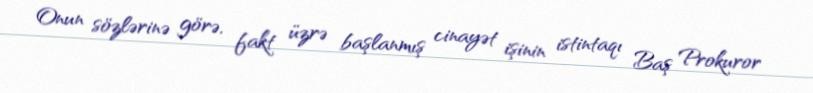
Onun sözlərinə görə, fakt üzrə başlanmış cinayət işinin istintaqı Baş Prokuror